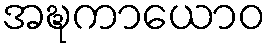
အဍ္ဎကာယောဝ